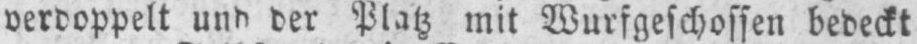
verdoppelt und der Platz mit Wurfgeschossen bedeckt